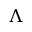
\Lambda